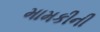
મામકીની